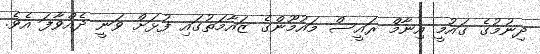
ދިނުމުގެ ގައުމީ އިނާމް ރައީސް މައުމޫންގެ ޒައާމަތުގައި ފުޅަށް ވަނީ ދެއްވާފަ އެވެ.